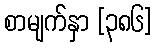
စာမျက်နှာ [၃၈၆]